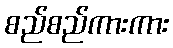
စည်စည်ကားကား